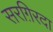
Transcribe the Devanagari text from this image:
सरग़िरदा